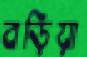
বড়িয়া